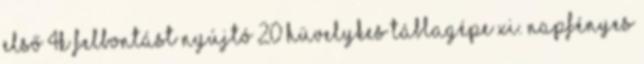
első 4K felbontást nyújtó 20 hüvelykes táblagépe XI. Napfényes